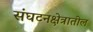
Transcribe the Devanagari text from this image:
संघटनक्षेत्रातील